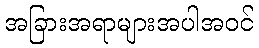
အခြားအရာများအပါအဝင်